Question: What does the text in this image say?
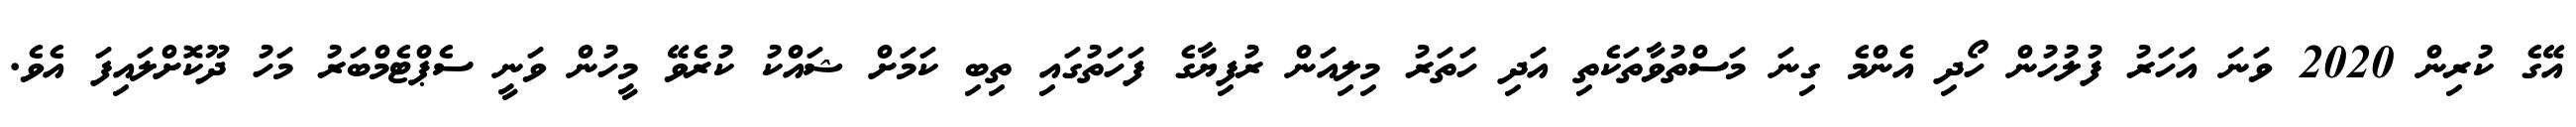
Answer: އޭގެ ކުރިން 2020 ވަނަ އަހަރު ފުލުހުން ހޯދި އެންމެ ގިނަ މަސްތުވާތަކެތި އަދި ހަތަރު މިލިއަން ރުފިޔާގެ ފަހަތުގައި ތިބި ކަމަށް ޝައްކު ކުރެވޭ މީހުން ވަނީ ސެޕްޓެމްބަރު މަހު ދޫކޮށްލައިފަ އެވެ.